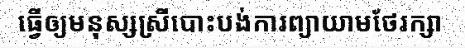
ធ្វើឲ្យមនុស្សស្រីបោះបង់ការព្យាយាមថែរក្សា